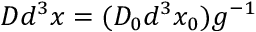
D d ^ { 3 } x = ( D _ { 0 } d ^ { 3 } x _ { 0 } ) g ^ { - 1 }